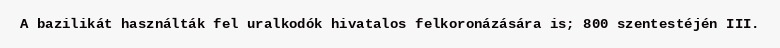
A bazilikát használták fel uralkodók hivatalos felkoronázására is; 800 szentestéjén III.